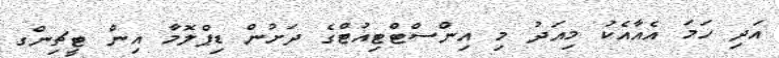
އަދި ހަމަ އެއާއެކު މިއަދު މި އިންސްޓްޓިއުޓްގެ ދަށުން ޑިޕްލޮމާ އިން ޓީޗިންގ